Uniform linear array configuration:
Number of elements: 4
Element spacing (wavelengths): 0.5
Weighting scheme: hamming
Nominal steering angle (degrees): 0
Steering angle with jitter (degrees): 1.534
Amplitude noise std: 0.05
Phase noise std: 0.05

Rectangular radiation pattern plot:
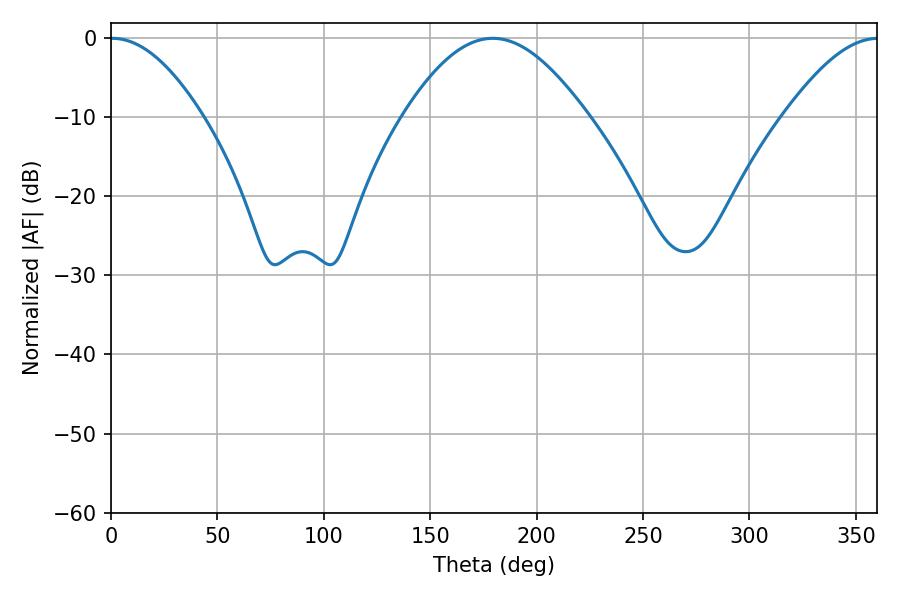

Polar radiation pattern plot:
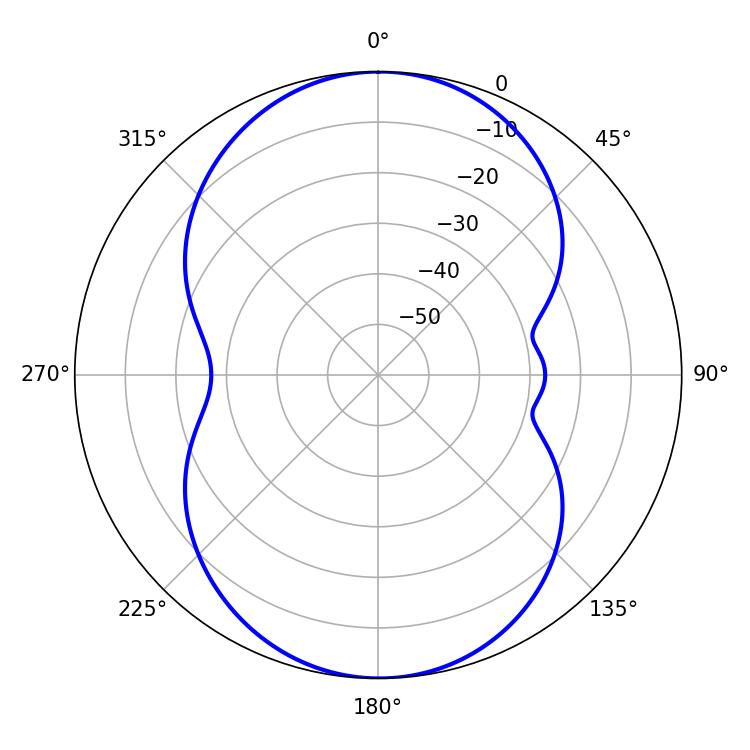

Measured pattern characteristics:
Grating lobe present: FALSE
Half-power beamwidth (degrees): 23.58
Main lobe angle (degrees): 0.54